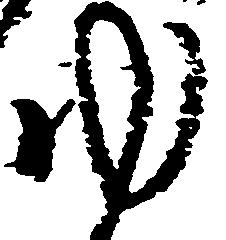
ゆ